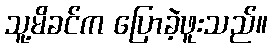
သူ့မိခင်က ပြောခဲ့ဖူးသည်။